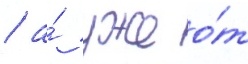
/ а́ уже о́т